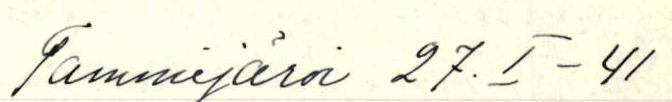
Tammijärvi 27.I -41